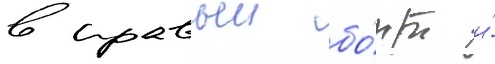
в правыи бо́рт и́